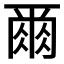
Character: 𫝃